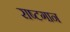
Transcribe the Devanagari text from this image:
राष्टगान